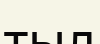
тыл